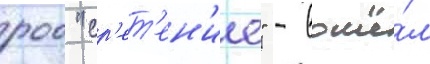
роо "ср'ет'ен'ие" - вошё́л